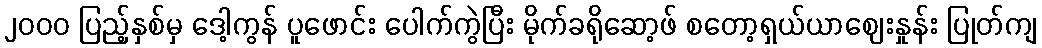
၂၀၀၀ ပြည့်နှစ်မှ ဒေါ့ကွန် ပူဖောင်း ပေါက်ကွဲပြီး မိုက်ခရိုဆော့ဖ် စတော့ရှယ်ယာဈေးနှုန်း ပြုတ်ကျ